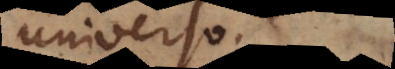
universo.